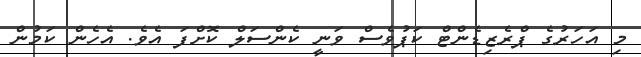
މި އަހަރުގެ ޕްރެޒިޑެންޓް ކަޕުވެސް ވަނީ ކެންސަލް ކޮށްފަ އެވެ. އެހެން ކަމުން